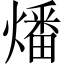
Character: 燔